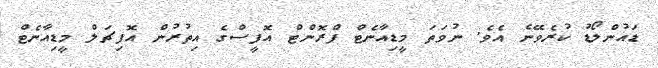
ޑައުންލޯޑު ކުރެވޭނެ އެވެ. ނުވަތަ މީޑިއާނެޓް ފްރޮންޓް އޮފީސްގެ އިތުރުން އޮފިޗަލް މީޑިއާނެޓް